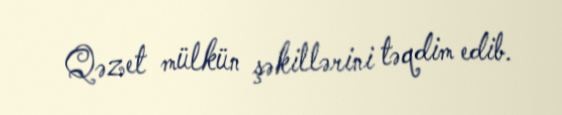
Qəzet mülkün şəkillərini təqdim edib.